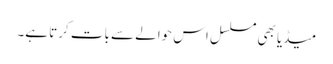
میڈیا بھی مسلسل اس حوالے سے بات کرتا ہے۔